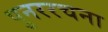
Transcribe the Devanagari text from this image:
पुनररचना